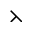
\leftthreetimes